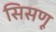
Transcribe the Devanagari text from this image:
सिसणू